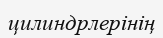
цилиндрлерінің